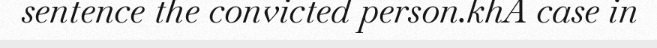
sentence the convicted person.khA case in